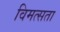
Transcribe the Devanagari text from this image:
विमत्सता